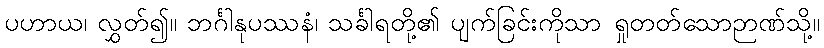
ပဟာယ၊ လွှတ်၍။ ဘင်္ဂါနုပဿနံ၊ သင်္ခါရတို့၏ ပျက်ခြင်းကိုသာ ရှုတတ်သောဉာဏ်သို့။